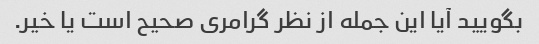
بگویید آیا این جمله از نظر گرامری صحیح است یا خیر.